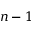
n - 1